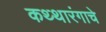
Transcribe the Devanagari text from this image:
कथ्थारंगाचे